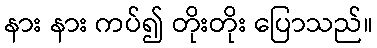
နား နား ကပ်၍ တိုးတိုး ပြောသည်။